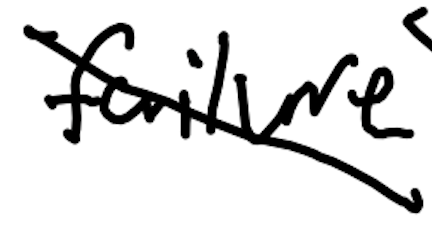
Text: failure
Cross-out: mix
Writing tool: digital_black